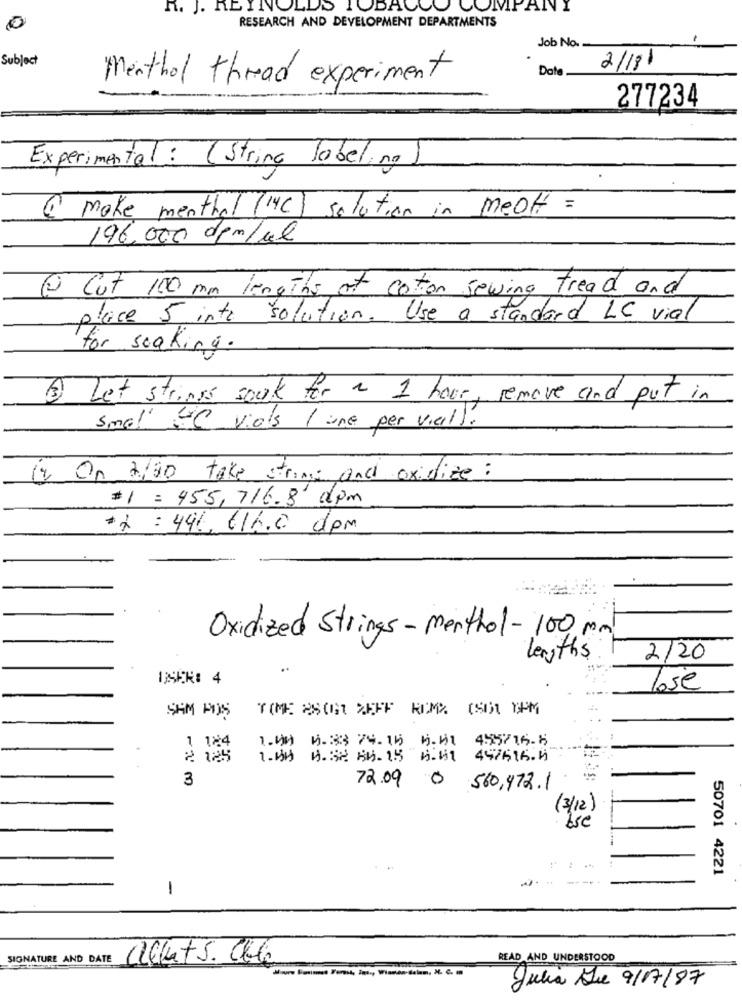
R. J. REYNOLDS TOBACCO COMPA
0
RESEARCH AND DEVELOPMENT DEPARTMENTS
Job No.
Subject
Date
2/18/
Menthol thread experiment
277234
Experimental : (String labeling )
@ make menthal (MC) solution in meoff =
196,000 0pm/el
2 Cut 100 mm lengths of cotton sewing tread and
place 5 into solution. Use a standard LC vial
for soaking.
3 Let strings souk for ~ 1 hour, remove and put in
small -C viols / une per vierl).
12 On 2/80 take string and oxidize :
$ 1 = 455, 716.8' apm
*2 : 441, 616.c. dpm
Oxidized Strings-menthol-100 mm
lengths
2/20
lose
SAM POIS
TIME 2SONT DEFF ROMA (50) TPM
. .
1.00 0.33 24.15 0.01 4.55/16.8
1 124
-
2 125
1.0 0.3 84.15 4:11 497616.4
:
3
72.09 0 560,472.1
(3/12)
50701 4221
---
-
SIGNATURE AND DATE
alkat s. Cbb
READ AND UNDERSTOOD
Julia Due 9/17/87